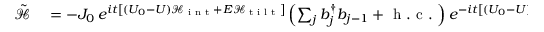
\begin{array} { r l } { \tilde { \mathcal { H } } } & { { } = - J _ { 0 } \, e ^ { i t \left[ ( U _ { 0 } - U ) { \mathcal { H } } _ { \textrm { i n t } } + E { \mathcal { H } } _ { \textrm { t i l t } } \right] } \left( \sum _ { j } { b } _ { j } ^ { \dagger } { b } _ { j - 1 } + \mathrm { ~ h ~ . ~ c ~ . ~ } \right) e ^ { - i t \left[ ( U _ { 0 } - U ) { \mathcal { H } } _ { \textrm { i n t } } + E { \mathcal { H } } _ { \textrm { t i l t } } \right] } + U { \mathcal { H } } _ { \textrm { i n t } } } \end{array}